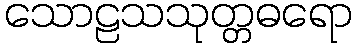
သောဠသသုတ္တဓရော